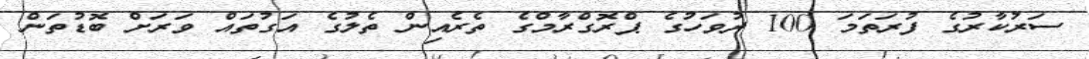
ސަރުކާރުގެ ފުރަތަމަ 100 ދުވަހުގެ ޕްރޮގްރާމްގެ ތެރެއިން ތެލުގެ އަގުތައް ވަރަށް ބޮޑުތަން